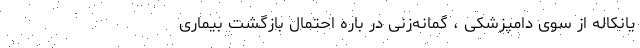
یانکاله از سوی دامپزشکی ، گمانه‌زنی در باره احتمال بازگشت بیماری